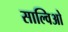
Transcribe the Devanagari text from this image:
साल्विओ